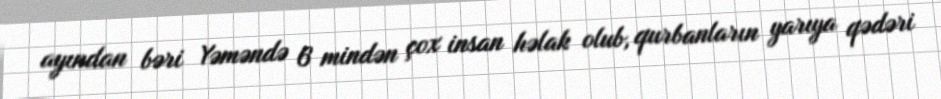
ayından bəri Yəməndə 6 mindən çox insan həlak olub, qurbanların yarıya qədəri